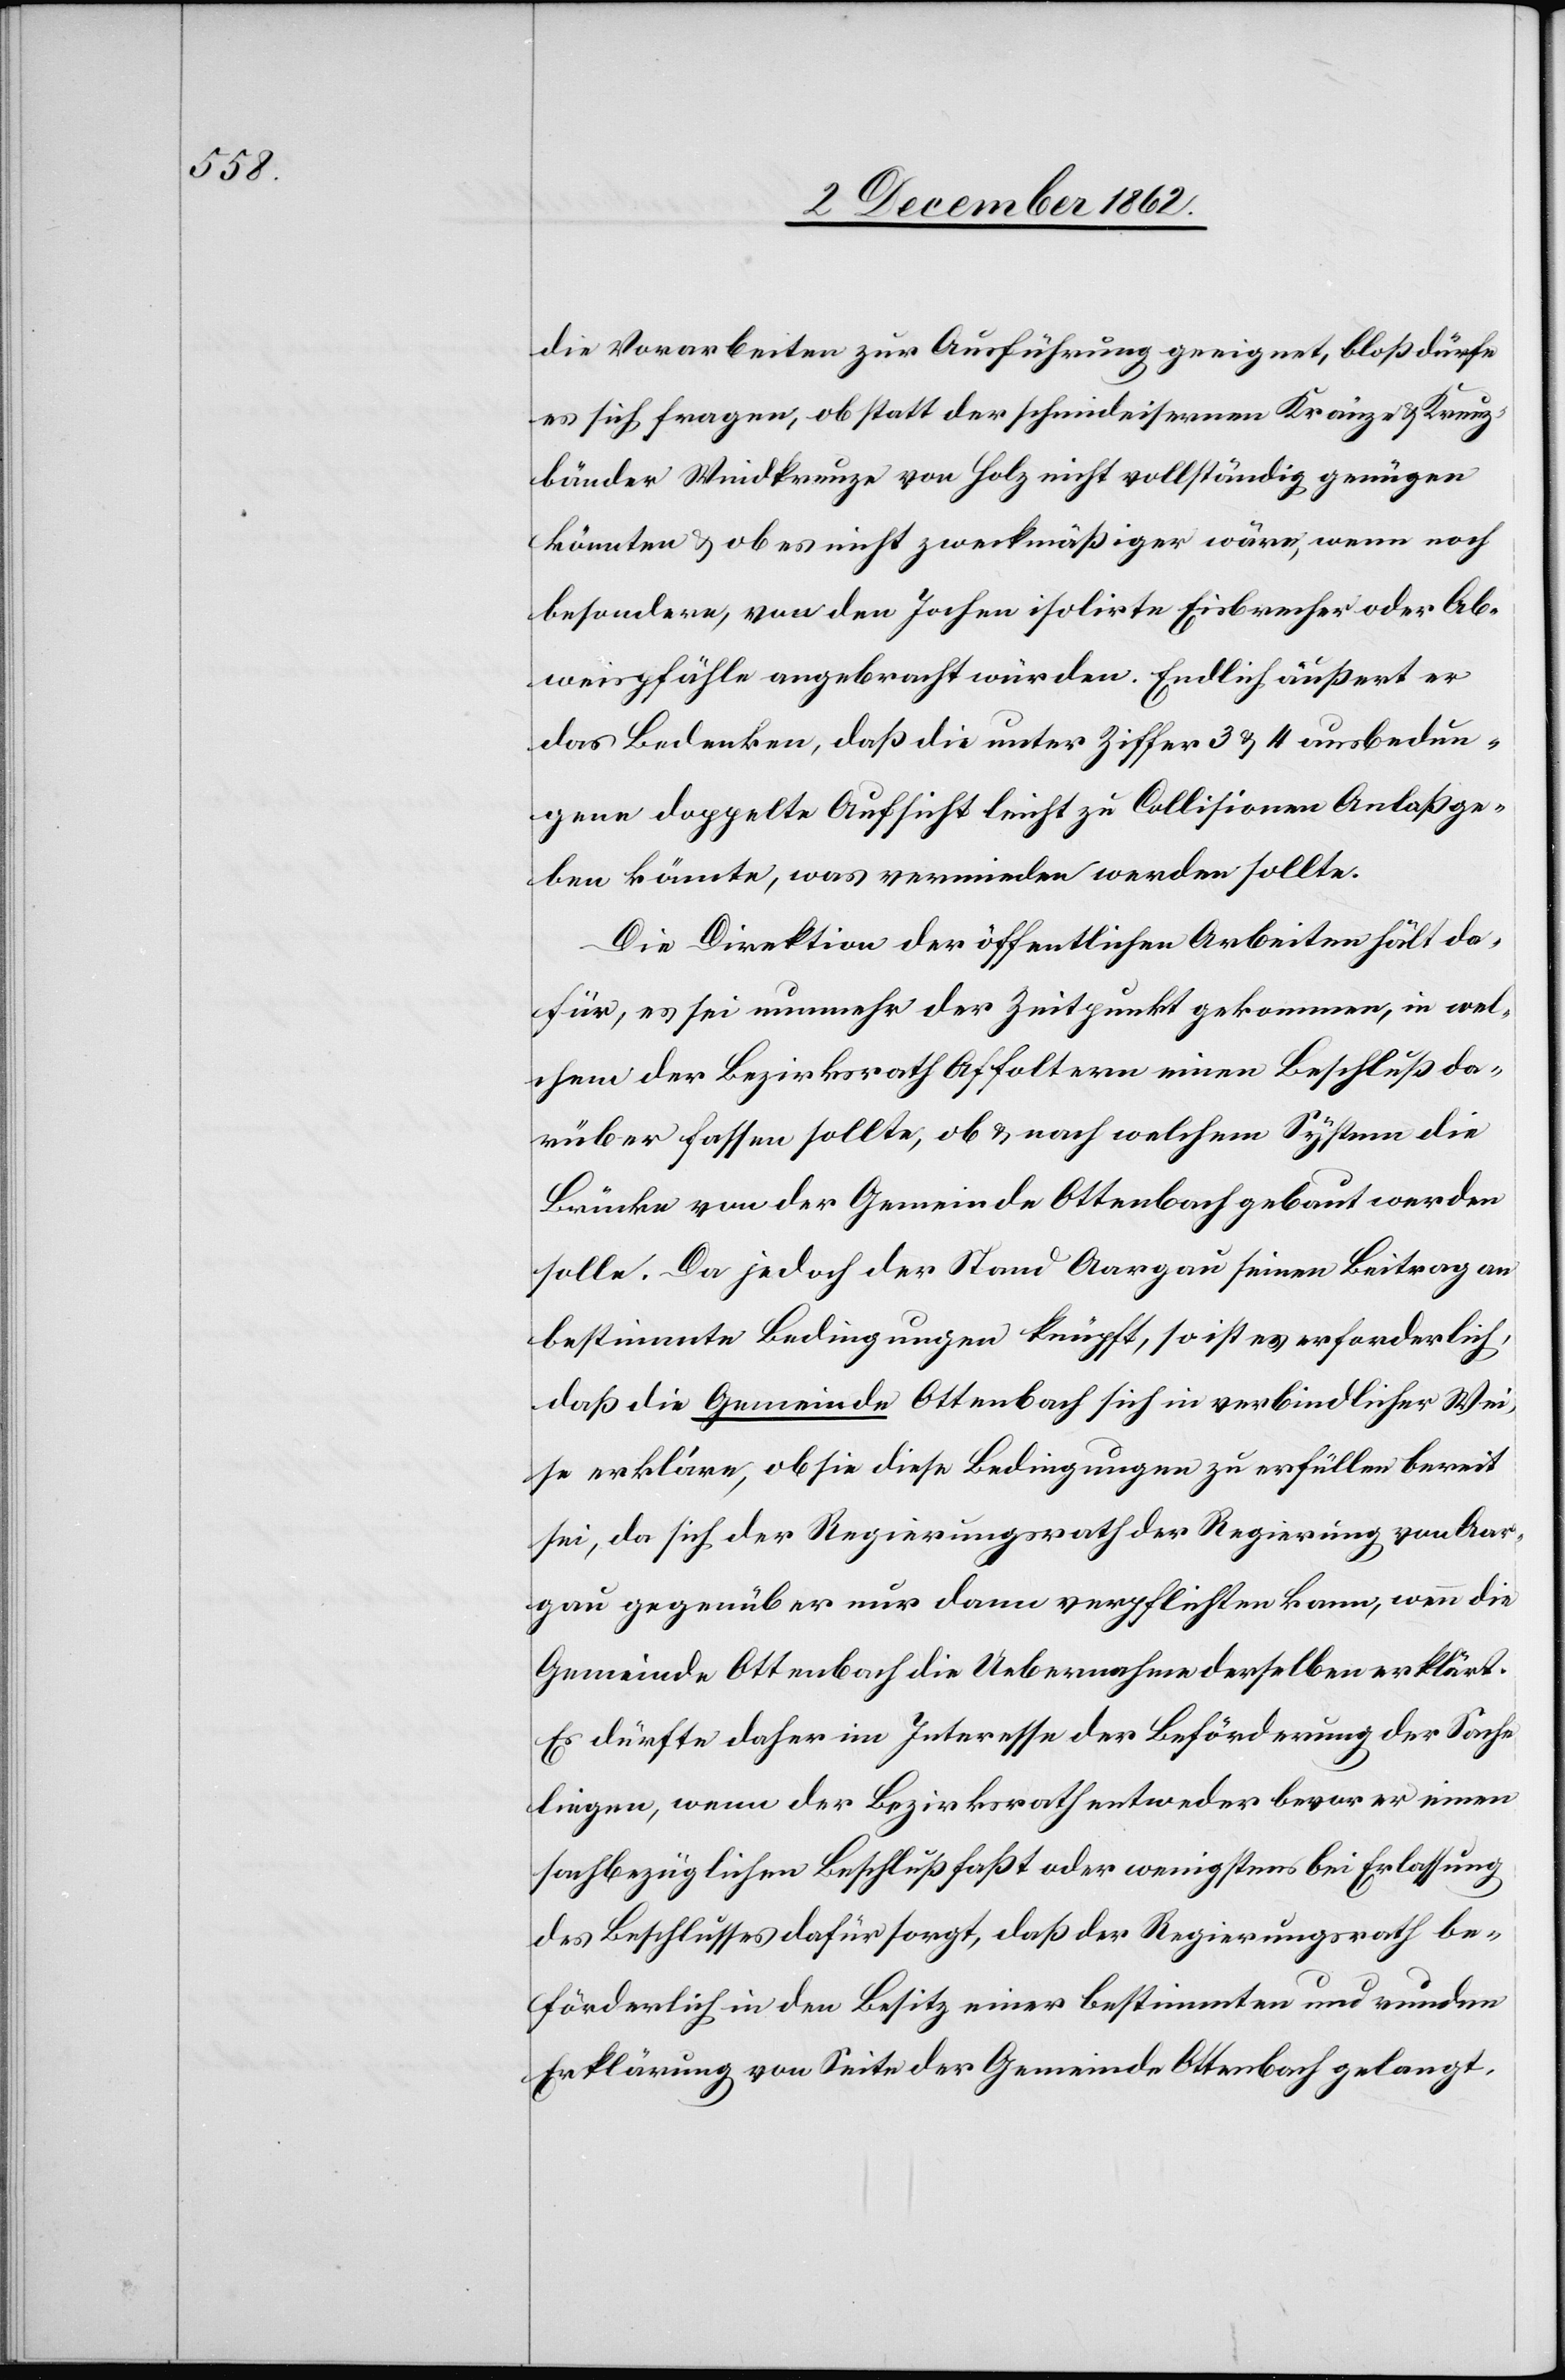
die Vorarbeiten zur Ausführung geeignet, bloß dürfe
es sich fragen, ob statt der schmideisernen Kränze u. Kreuz¬
bänder Windkreuze von Holz nicht vollständig genügen
könnten u. ob es nicht zweckmäßiger wäre, wenn noch
besondere, von den Jochen isolirte Eisbrecher oder Ab¬
weispfähle angebracht würden. Endlich äußert er
das Bedenken, daß die unter Ziffer 3 u. 4 ausbededun¬
gene doppelte Aufsicht leicht zu Collisionen Anlaß ge¬
ben könnte, was vermieden werden sollte.
Die Direktion der öffentlichen Arbeiten hält da¬
für, es sei nunmehr der Zeitpunkt gekommen, in wel¬
chem der Bezirksrath Affoltern einen Beschluß da¬
rüber fassen sollte, ob u. nach welchem System die
Brücke von der Gemeinde Ottenbach gebaut werden
solle. Da jedoch der Stand Aargau seinen Beitrag an
bestimmte Bedingungen knüpft, so ist es erforderlich,
daß die Gemeinde Ottenbach sich in verbindlicher Wei¬
se erkläre, ob sie diese Bedingungen zu erfüllen bereit
sei, da sich der Regierungsrath der Regierung von Aar¬
gau gegenüber nur dann verpflichten kann, wenn die
Gemeinde Ottenbach die Uebernahme derselben erklärt.
Es dürfte daher im Interesse der Beförderung der Sache
liegen, wenn der Bezirksrath entweder bevor er einen
sachbezüglichen Beschluß faßt, oder wenigstens bei Erlassung
des Beschlusses dafür sorgt, daß der Regierungsrath be¬
förderlich in den Besitz einer bestimmten und runden
Erklärung von Seite der Gemeinde Ottenbach gelangt.